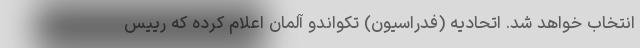
انتخاب خواهد شد. اتحادیه (فدراسیون) تکواندو آلمان اعلام کرده که رییس